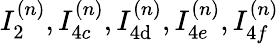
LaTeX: I_{2}^{(n)},I_{4c}^{(n)},I_{4\mathrm{d}}^{(n)},I_{4e}^{(n)},I_{4f}^{(n)}